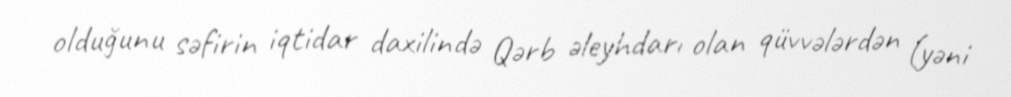
olduğunu səfirin iqtidar daxilində Qərb əleyhdarı olan qüvvələrdən (yəni